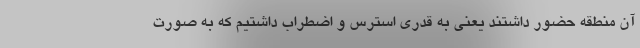
آن منطقه حضور داشتند یعنی به قدری استرس و اضطراب داشتیم که به صورت